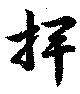
牌